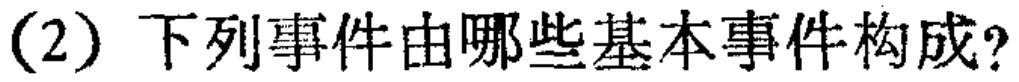
(2) 下列事件由哪些基本事件构成?